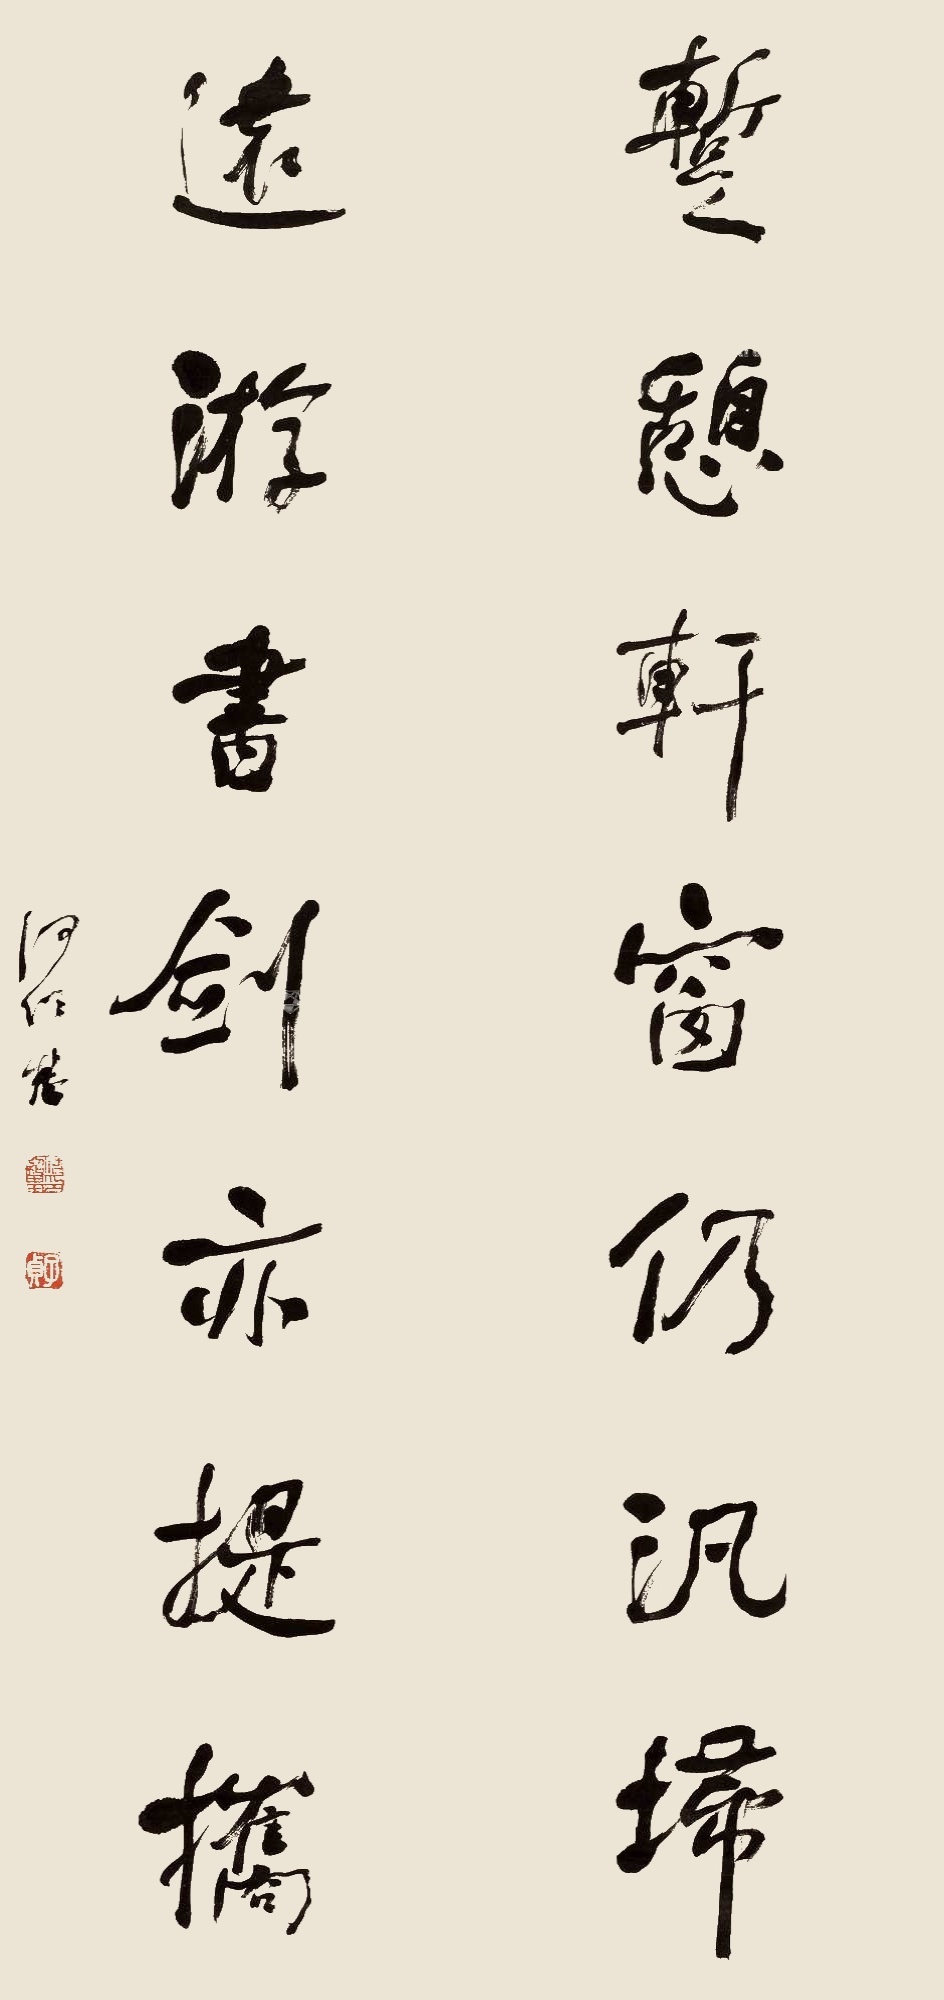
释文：𫏐憩轩窗仍泛扫，远游书剑亦提携。何绍基印、子贞